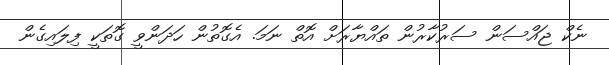
ނެކް ޖައްސަން ސަރުކާރުން ތައްޔާރަށް އޮތް ނަމަ. އެގޮތުން ހަދަންވީ ގޮތަކީ ފިލައިގެން